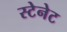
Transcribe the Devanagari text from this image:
स्टेनेट